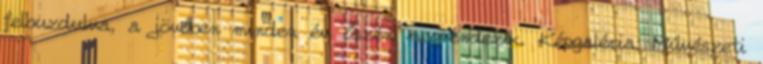
felbuzdulva, a jövőben minden év őszén megrendezik. Képgaléria: Művészeti